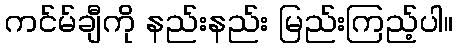
ကင်မ်ချီကို နည်းနည်း မြည်းကြည့်ပါ။